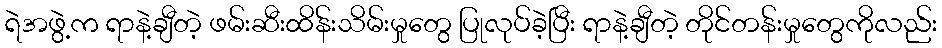
ရဲအဖွဲ့က ရာနဲ့ချီတဲ့ ဖမ်းဆီးထိန်းသိမ်းမှုတွေ ပြုလုပ်ခဲ့ပြီး ရာနဲ့ချီတဲ့ တိုင်တန်းမှုတွေကိုလည်း